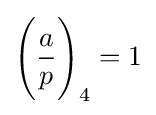
{\Bigg (}{\frac {a}{p}}{\Bigg )}_{4}=1